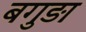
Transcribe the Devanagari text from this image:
बगुड़ा